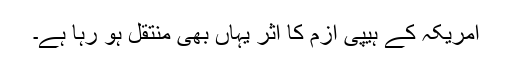
امریکہ کے ہیپی ازم کا اثر یہاں بھی منتقل ہو رہا ہے۔